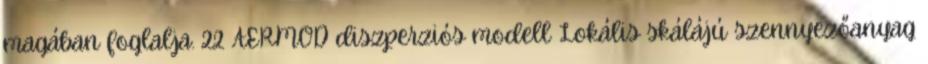
magában foglalja. 22 AERMOD diszperziós modell Lokális skálájú szennyezőanyag